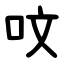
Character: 呅